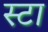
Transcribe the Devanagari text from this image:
स्टा